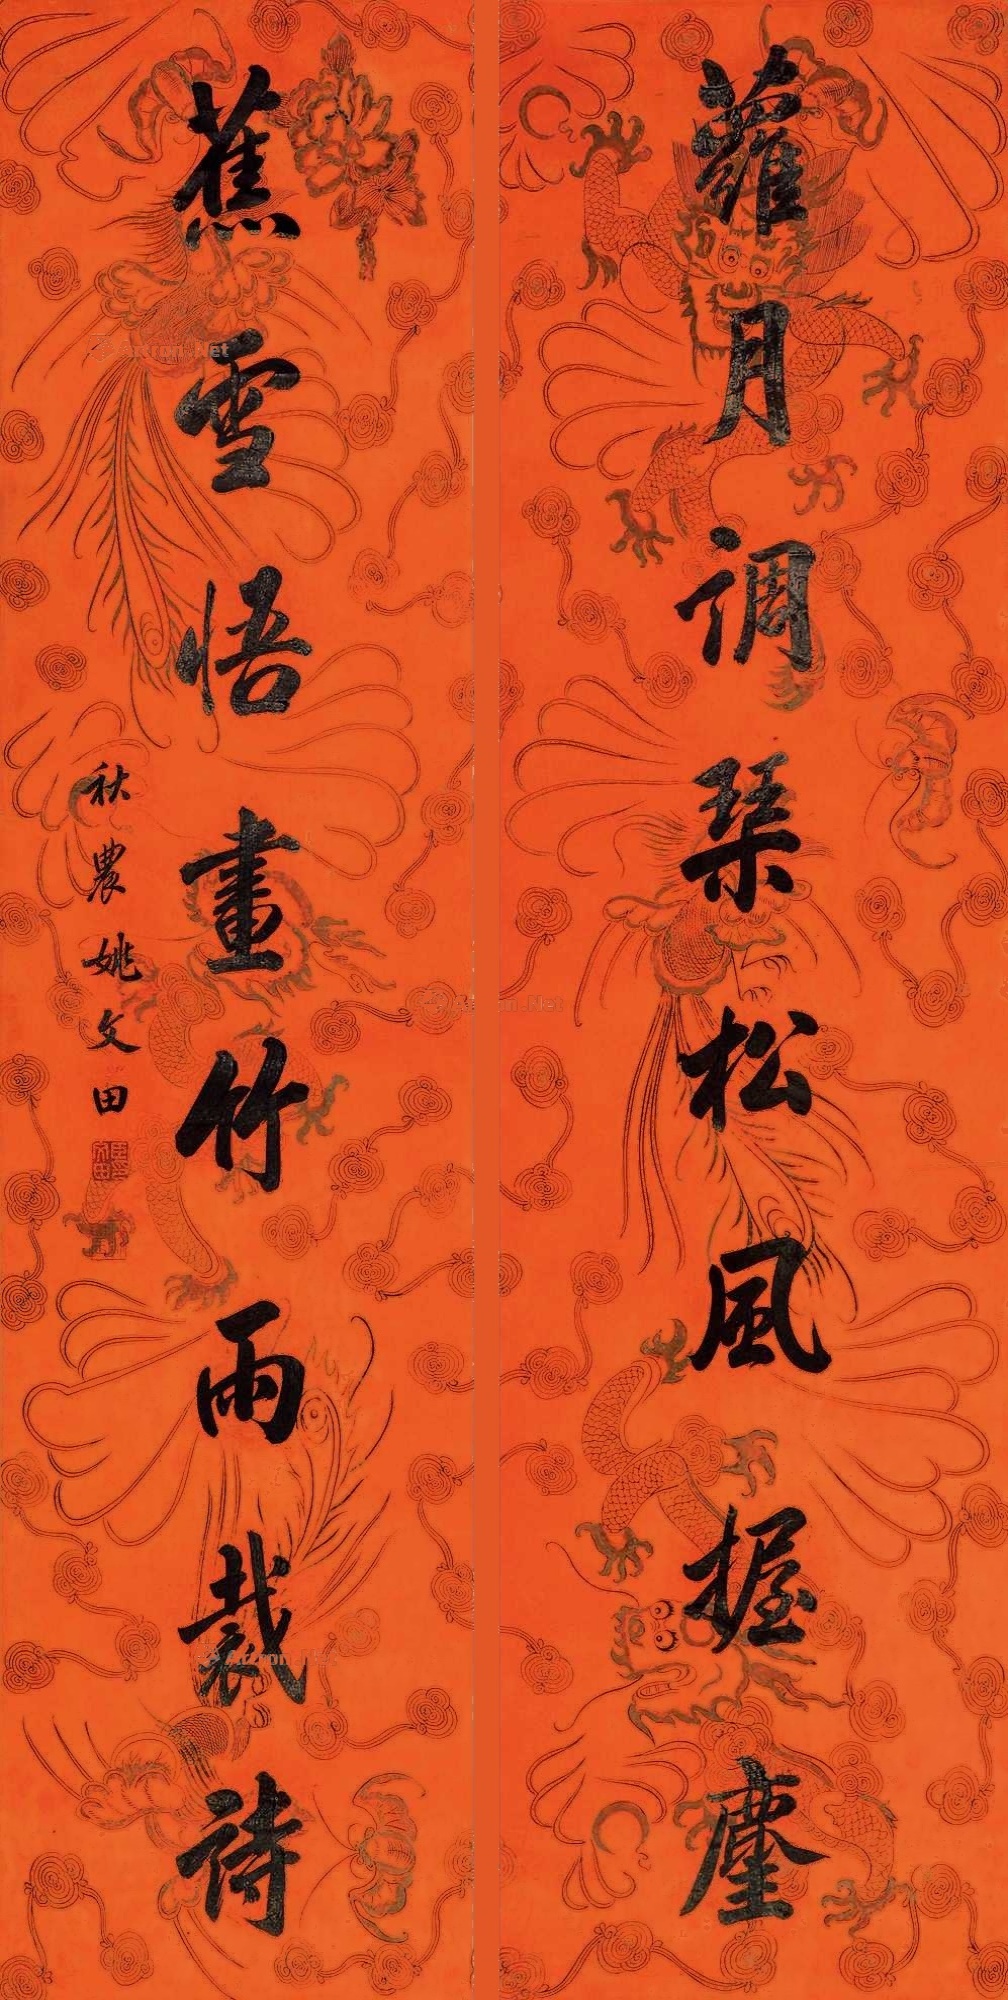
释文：萝月调琴松风握尘，蕉雪悟画竹雨裁诗。秋农姚文田。